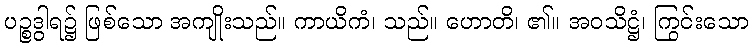
ပဉ္စဒွါရ၌ ဖြစ်သော အကျိုးသည်။ ကာယိကံ၊ သည်။ ဟောတိ၊ ၏။ အဝသိဋ္ဌံ၊ ကြွင်းသော